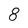
Character: 8